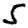
Digit: 5